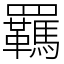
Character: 羈